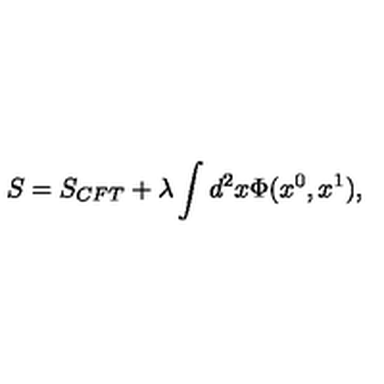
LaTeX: S = S _ { C F T } + \lambda \int d ^ { 2 } x \Phi ( x ^ { 0 } , x ^ { 1 } ) ,